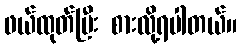
ဖယ်ထုတ်ပြီး စားလို့ရပါတယ်။